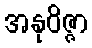
အနုဝိဇ္ဇာ